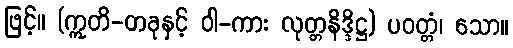
ဖြင့်။ (ဣတိ-တခုနှင့် ဝါ-ကား လုတ္တနိဒ္ဒိဋ္ဌ) ပဝတ္တံ၊ သော။